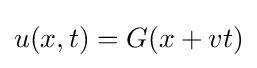
u(x,t)=G(x+vt)